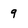
Character: 9